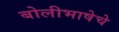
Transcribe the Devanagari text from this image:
बोलीभाषेचे